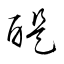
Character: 醍